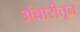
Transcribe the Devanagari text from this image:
अंबारीतून